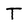
Character: T